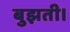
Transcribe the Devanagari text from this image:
बुझती।